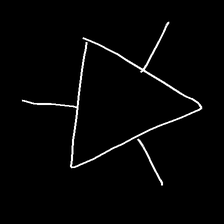
Glyph: fire